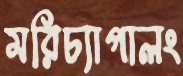
মরিচ্যাপালং